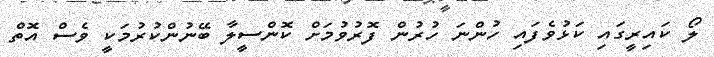
ލޯ ކައިރީގައި ކަޅުވެފައި ހުންނަ ހުރުން ފޮރުވުމަށް ކޮންސީލާ ބޭނުންކުރުމަކީ ވެސް އޮތް